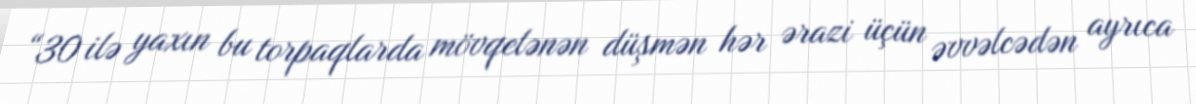
“30 ilə yaxın bu torpaqlarda mövqelənən düşmən hər ərazi üçün əvvəlcədən ayrıca